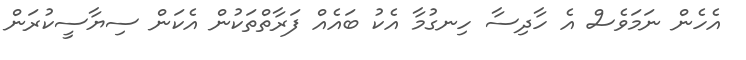
އެހެން ނަމަވެސް އެ ހާދިސާ ހިނގުމާ އެކު ބައެއް ފަރާތްތަކުން އެކަން ސިޔާސީކުރަން